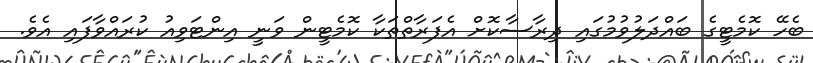
ބެހޭ ކޮމެޓީގެ ބައްދަލުވުމުގައި ދިރާސާކޮށް އެފަރާތްތަކާ ކޮމެޓީން ވަނީ އިންޓަވިއު ކުރައްވާފައި އެވެ.